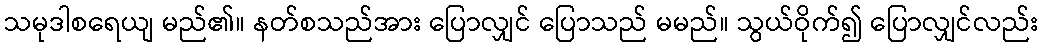
သမုဒါစရေယျ မည်၏။ နတ်စသည်အား ပြောလျှင် ပြောသည် မမည်။ သွယ်ဝိုက်၍ ပြောလျှင်လည်း